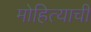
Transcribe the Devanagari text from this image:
मोहित्याची